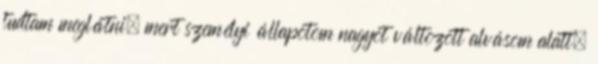
tudtam meglátni, mert személyi állapotom nagyot változott alvásom alatt.